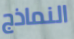
النماذج